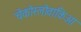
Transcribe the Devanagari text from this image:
चेकोस्लोवाकिआ